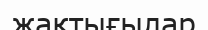
жақтығылар